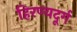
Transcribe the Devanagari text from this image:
हिरण्यदूर्ग